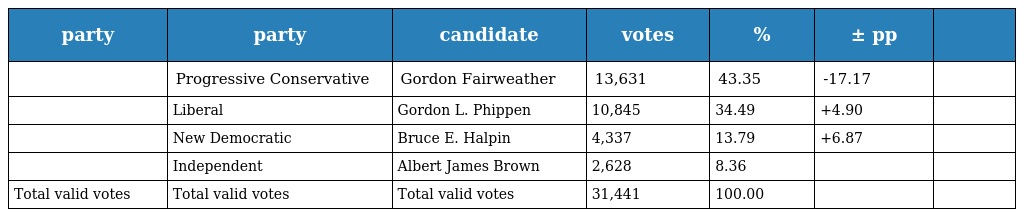
| party | party | candidate | votes | % | ± pp |  |
 | --- | --- | --- | --- | --- | --- | --- |
 |  | Progressive Conservative | Gordon Fairweather | 13,631 | 43.35 | -17.17 |  |
 |  | Liberal | Gordon L. Phippen | 10,845 | 34.49 | +4.90 |  |
 |  | New Democratic | Bruce E. Halpin | 4,337 | 13.79 | +6.87 |  |
 |  | Independent | Albert James Brown | 2,628 | 8.36 |  |  |
 | Total valid votes | Total valid votes | Total valid votes | 31,441 | 100.00 |  |  |